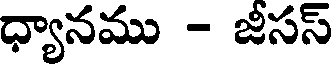
ధ్యానము - జీసస్